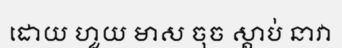
ដោយ ហួយ មាស ចុច ស្តាប់ នាវា